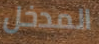
المدخل